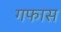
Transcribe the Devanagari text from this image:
गफास